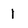
Character: 1